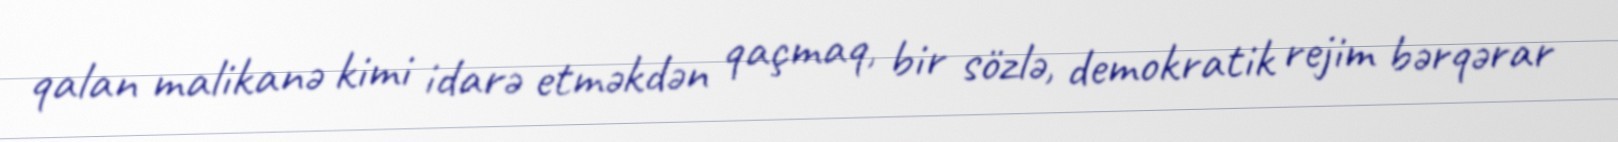
qalan malikanə kimi idarə etməkdən qaçmaq, bir sözlə, demokratik rejim bərqərar